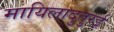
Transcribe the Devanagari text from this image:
मायिलादुतुरई